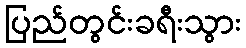
ပြည်တွင်းခရီးသွား